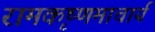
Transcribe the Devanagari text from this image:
रामकृष्णमाचार्य